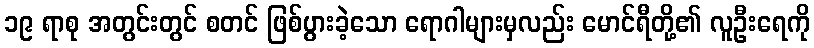
၁၉ ရာစု အတွင်းတွင် စတင် ဖြစ်ပွားခဲ့သော ရောဂါများမှလည်း မောင်ရီတို့၏ လူဦးရေကို